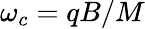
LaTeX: \omega_{c}=qB/M